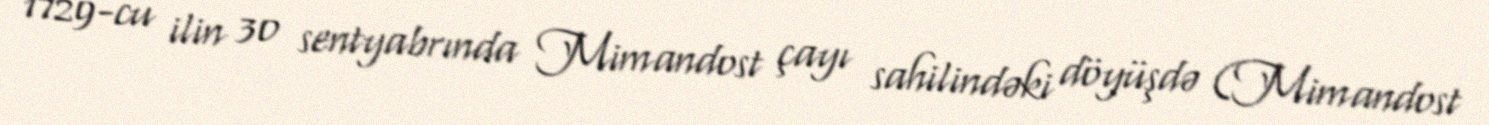
1729-cu ilin 30 sentyabrında Mimandost çayı sahilindəki döyüşdə (Mimandost